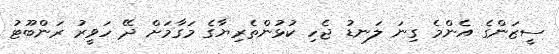
ސީޒަންގެ އެންމެ ގިނަ ލަނޑު ޖެހި ކުޅުންތެރިޔާގެ މަގާމަށް ދޭ ހަވީރު ރަންބޫޓު